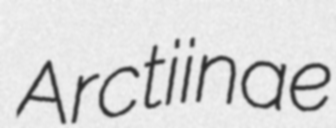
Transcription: Arctiinae